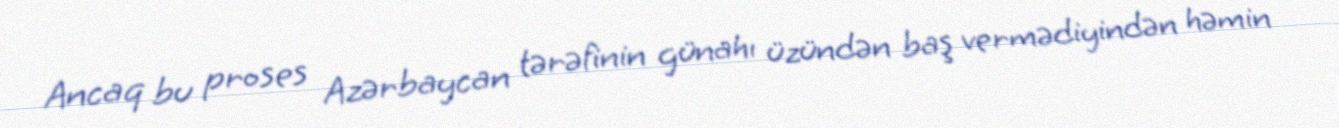
Ancaq bu proses Azərbaycan tərəfinin günahı üzündən baş vermədiyindən həmin